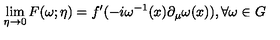
\lim _ { \eta \rightarrow 0 } F ( \omega ; \eta ) = f ^ { \prime } ( - i \omega ^ { - 1 } ( x ) \partial _ { \mu } \omega ( x ) ) , \forall \omega \in G